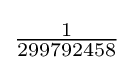
{\textstyle {\frac {1}{299792458}}}